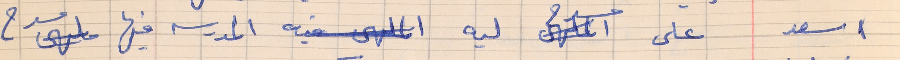
اسعد    على مسرح ليه المدرسه فيها مسرح